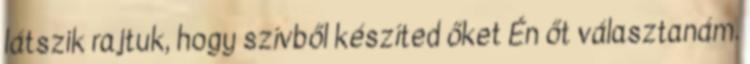
látszik rajtuk, hogy szívből készíted őket Én őt választanám.